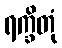
ရက္ခိတုံ